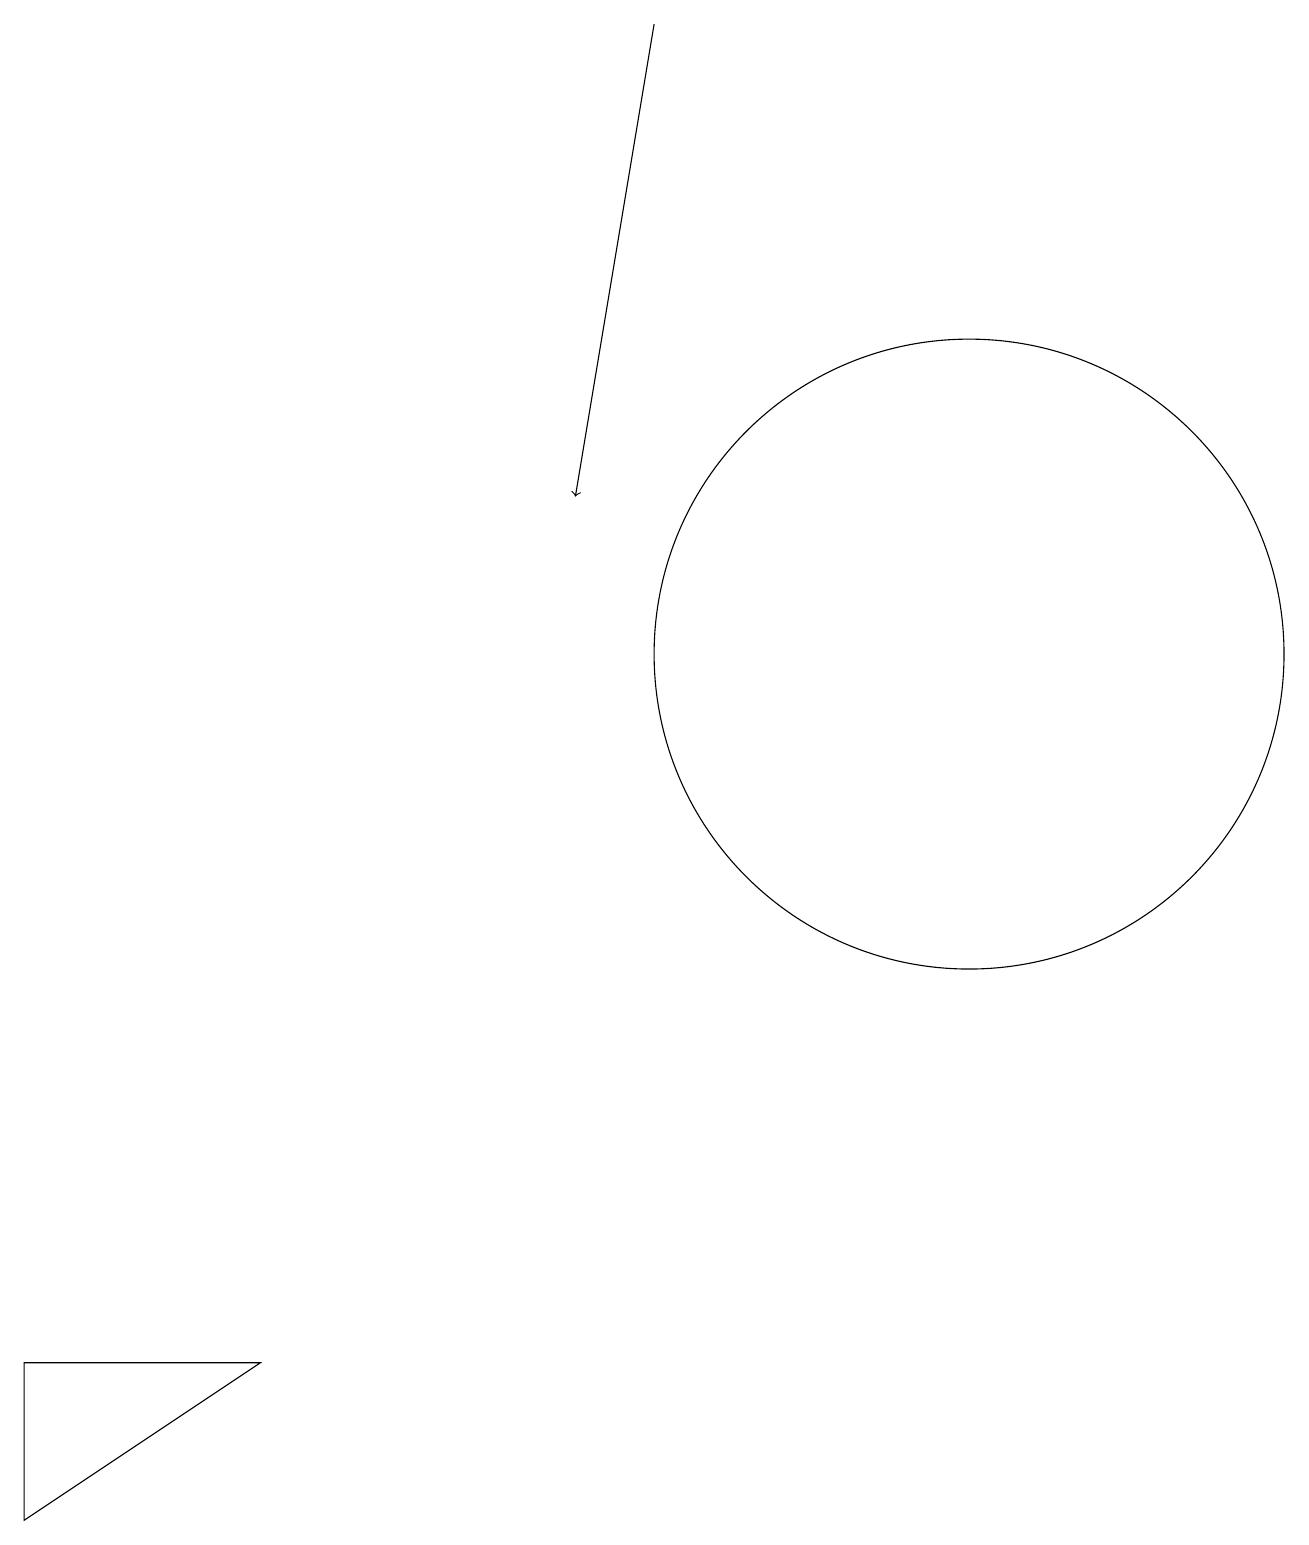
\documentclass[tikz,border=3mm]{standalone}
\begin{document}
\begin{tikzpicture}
\draw (0,2) -- (3,2) -- (0,0) -- cycle;
\draw[->] (8,19) -- (7,13);
\draw (12,11) circle (4);
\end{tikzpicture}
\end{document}